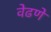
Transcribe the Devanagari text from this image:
वेढणे